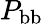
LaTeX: P_{\mathrm{bb}}